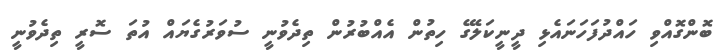
ބޮންގޮއްވި ހައްދުފަހަނައެޅި ދީނީކަލޭގެ ހިތުން އެއްބުރުން ތިދެވުނީ ސުވަރުގެޔައް އުތަ ސޮރީ ތިދެވުނީ